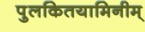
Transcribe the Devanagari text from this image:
पुलकितयामिनीम्